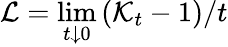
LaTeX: \mathcal{L}=\operatorname*{lim}_{t\downarrow 0}\left(\mathcal{K}_{t}-1\right)/t